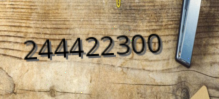
244422300